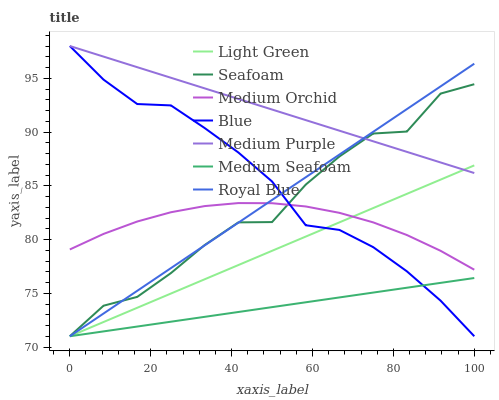
| xaxis_label | Light Green | Seafoam | Medium Orchid | Blue | Medium Purple | Medium Seafoam | Royal Blue |
 | --- | --- | --- | --- | --- | --- | --- | --- |
 | 0 | 71 | 71 | 79.1 | 98 | 98 | 71 | 71 |
 | 8.33 | 72.3 | 73.8 | 80.5 | 94.9 | 97 | 71.5 | 73.1 |
 | 16.7 | 73.6 | 74.7 | 81.7 | 92.6 | 96 | 71.9 | 75.2 |
 | 25 | 75 | 76.9 | 82.5 | 92.5 | 95 | 72.4 | 77.3 |
 | 33.3 | 76.3 | 79.5 | 83.1 | 90.4 | 94.1 | 72.8 | 79.5 |
 | 41.7 | 77.6 | 81.6 | 83.4 | 88.1 | 93.1 | 73.3 | 81.6 |
 | 50 | 78.9 | 81.6 | 83.4 | 85.4 | 92.1 | 73.7 | 83.7 |
 | 58.3 | 80.3 | 85.1 | 83.1 | 81.3 | 91.1 | 74.2 | 85.8 |
 | 66.7 | 81.6 | 87.7 | 82.5 | 80.9 | 90.1 | 74.6 | 87.9 |
 | 75 | 82.9 | 89.9 | 81.6 | 79.3 | 89.1 | 75.1 | 90 |
 | 83.3 | 84.2 | 90 | 80.4 | 77 | 88.2 | 75.5 | 92.1 |
 | 91.7 | 85.6 | 93.6 | 78.9 | 74.3 | 87.2 | 76 | 94.2 |
 | 100 | 86.9 | 94.4 | 77.2 | 71 | 86.2 | 76.4 | 96.4 |